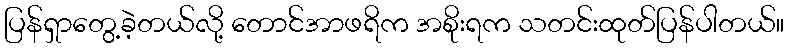
ပြန်ရှာတွေ့ခဲ့တယ်လို့ တောင်အာဖရိက အစိုးရက သတင်းထုတ်ပြန်ပါတယ်။